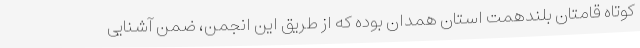
کوتاه قامتان بلندهمت استان همدان بوده که از طریق این انجمن، ضمن آشنایی